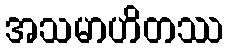
အသမာဟိတဿ